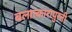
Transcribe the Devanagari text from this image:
बलात्कारापुरती